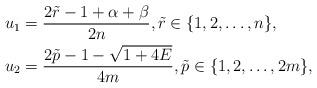
LaTeX: \begin{align*} & u_{1}=\frac{2\tilde{r}-1+\alpha+\beta}{2n},\tilde{r} \in \{1, 2, \ldots, n\}, \\ & u_{2}=\frac{2\tilde{p}-1-\sqrt{1+4E}}{4m},\tilde{p} \in \{1, 2, \ldots, 2m\}, \end{align*}